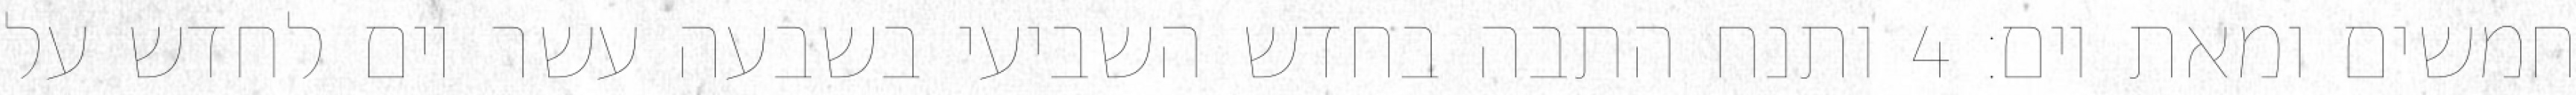
חמשים ומאת יום׃ ‎4‏ ותנח התבה בחדש השביעי בשבעה עשר יום לחדש על